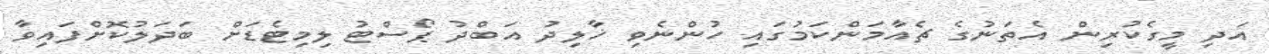
އަދި މީގެކުރިން އެތަނުގެ ޗެއާމަންކަމުގައި ހުންނެވި ޚާލިދު އަބްދު ޕޯސްޓު ލިމިޓެޑަށް ބަދަލުކޮށްފައިވާ